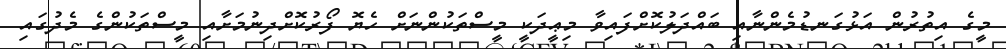
މީގެ އިތުރުން އަޅުގަނޑުމެންނާއި ބައްދަލުކޮށްފައިވާ މިޢީދަކީ މީސްތަކުންނަށް ހެޔޮ ފޯރުކޮށްދިނުމަށާއި މީސްތަކުންގެ މެދުގައި